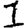
Digit: 1